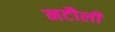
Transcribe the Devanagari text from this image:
नटौली